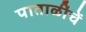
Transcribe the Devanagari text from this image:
पाताळींचें